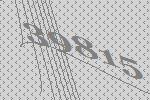
39815